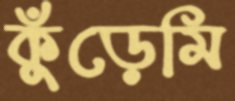
কুঁড়েমি